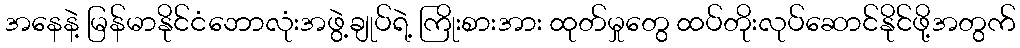
အနေနဲ့ မြန်မာနိုင်ငံဘောလုံးအဖွဲ့ချုပ်ရဲ့ ကြိုးစားအား ထုတ်မှုတွေ ထပ်တိုးလုပ်ဆောင်နိုင်ဖို့အတွက်